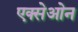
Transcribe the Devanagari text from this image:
एक्सेओन